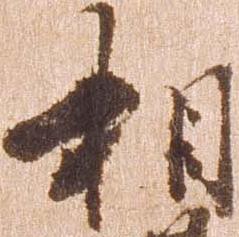
相